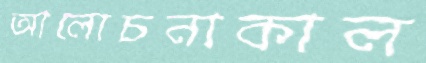
আলোচনাকাল